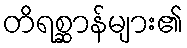
တိရစ္ဆာန်များ၏